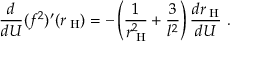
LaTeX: \frac { d } { d U } ( f ^ { 2 } ) ^ { \prime } ( r _ { \mathrm { \tiny ~ H } } ) = - \left( \frac { 1 } { r _ { \mathrm { \tiny ~ H } } ^ { 2 } } + \frac { 3 } { l ^ { 2 } } \right) \frac { d r _ { \mathrm { \tiny ~ H } } } { d U } \ .